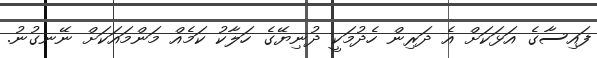
ފައިސާގެ އަޅަކަށް އެ ދަރިން ހެދުމަކީ ދުނިޔޭގެ ހަލާކު ކަމެއް މަންމައަކަށް ނޭނގުނު.